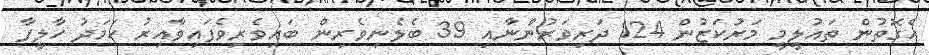
އެގޮތުން ތައުލީމީ މަރުކަޒުން 124 ދަރިވަރުންނާއި 39 ބެލެނިވެރިން ބައިވެރިވެފައިވާއިރު ހަމަދު ހާލީފާ